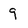
Character: 9